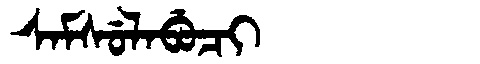
Manchu: ᠰᠠᠮᠰᡠᠯᠠᠪᡠᠴᡳ
Romanization: SAMSULABUCI